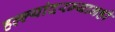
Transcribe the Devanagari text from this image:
हल्ल्यांदरम्यानही